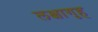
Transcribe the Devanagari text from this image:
लक्षागृह